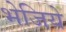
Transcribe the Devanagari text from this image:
भेजिये